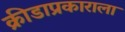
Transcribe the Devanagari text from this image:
क्रीडाप्रकाराला